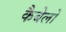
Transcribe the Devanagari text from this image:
कैबेलो